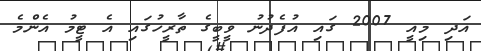
އަދި މިއީ 2007 ގައި އުފެދުނު ވީބީގެ ތާރީހުގައި އެ ޓީމު އެންމެ